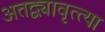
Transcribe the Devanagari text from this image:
अतद्व्यावृत्त्या